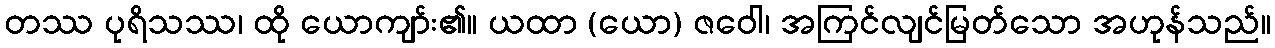
တဿ ပုရိသဿ၊ ထို ယောကျာ်း၏။ ယထာ (ယော) ဇဝေါ၊ အကြင်လျင်မြတ်သော အဟုန်သည်။